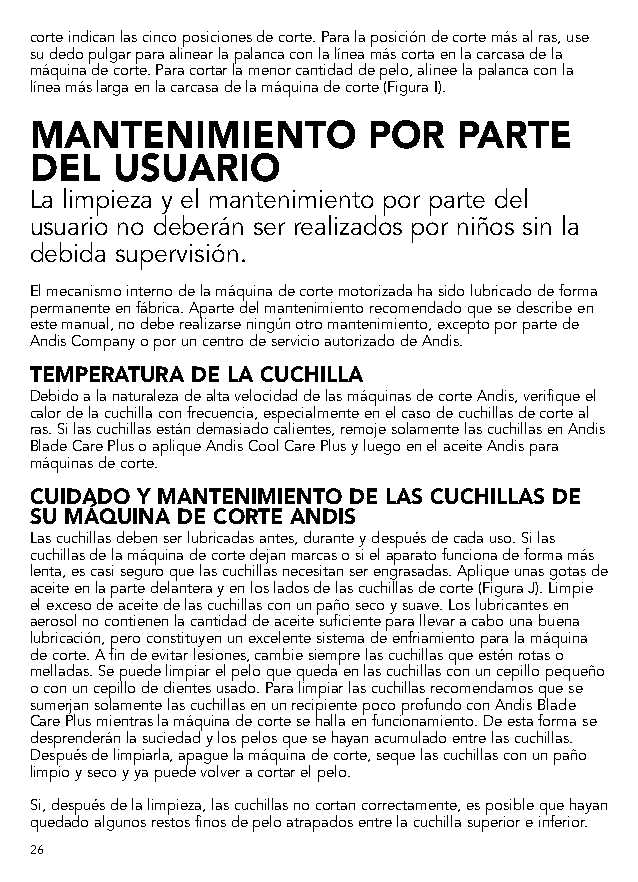
corte indican las cinco posiciones de corte. Para la posición de corte más al ras, use
 su dedo pulgar para alinear la palanca con la línea más corta en la carcasa de la
 máquina de corte. Para cortar la menor cantidad de pelo, alinee la palanca con la
 línea más larga en la carcasa de la máquina de corte (Figura I).
 MANTENIMIENTO         POR   PARTE
 DEL  USUARIO
 La limpieza y el mantenimiento por parte del
 usuario no deberán ser realizados por niños sin la
 debida supervisión.
 El mecanismo interno de la máquina de corte motorizada ha sido lubricado de forma
 permanente en fábrica. Aparte del mantenimiento recomendado que se describe en
 este manual, no debe realizarse ningún otro mantenimiento, excepto por parte de
 Andis Company o por un centro de servicio autorizado de Andis.
 TEMPERATURA DE LA CUCHILLA
 Debido a la naturaleza de alta velocidad de las máquinas de corte Andis, verifique el
 calor de la cuchilla con frecuencia, especialmente en el caso de cuchillas de corte al
 ras. Si las cuchillas están demasiado calientes, remoje solamente las cuchillas en Andis
 Blade Care Plus o aplique Andis Cool Care Plus y luego en el aceite Andis para
 máquinas de corte.
 CUIDADO Y MANTENIMIENTO DE LAS CUCHILLAS DE
 SU MÁQUINA DE CORTE ANDIS
 Las cuchillas deben ser lubricadas antes, durante y después de cada uso. Si las
 cuchillas de la máquina de corte dejan marcas o si el aparato funciona de forma más
 lenta, es casi seguro que las cuchillas necesitan ser engrasadas. Aplique unas gotas de
 aceite en la parte delantera y en los lados de las cuchillas de corte (Figura J). Limpie
 el exceso de aceite de las cuchillas con un paño seco y suave. Los lubricantes en
 aerosol no contienen la cantidad de aceite suficiente para llevar a cabo una buena
 lubricación, pero constituyen un excelente sistema de enfriamiento para la máquina
 de corte. A fin de evitar lesiones, cambie siempre las cuchillas que estén rotas o
 melladas. Se puede limpiar el pelo que queda en las cuchillas con un cepillo pequeño
 o con un cepillo de dientes usado. Para limpiar las cuchillas recomendamos que se
 sumerjan solamente las cuchillas en un recipiente poco profundo con Andis Blade
 Care Plus mientras la máquina de corte se halla en funcionamiento. De esta forma se
 desprenderán la suciedad y los pelos que se hayan acumulado entre las cuchillas.
 Después de limpiarla, apague la máquina de corte, seque las cuchillas con un paño
 limpio y seco y ya puede volver a cortar el pelo.
 Si, después de la limpieza, las cuchillas no cortan correctamente, es posible que hayan
 quedado algunos restos finos de pelo atrapados entre la cuchilla superior e inferior.
 26